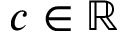
c \in \mathbb R